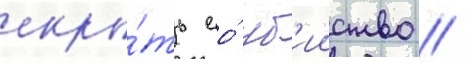
скры́ть ео́ уб'ииство //